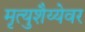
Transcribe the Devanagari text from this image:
मृत्युशैय्येवर